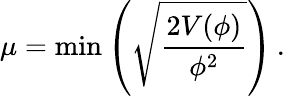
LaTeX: \mu=\mathrm{min}\left(\sqrt{\frac{2V(\phi)}{\phi^{2}}}\right)\, .